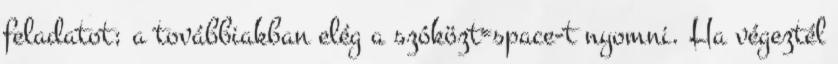
feladatot; a továbbiakban elég a szóközt=space-t nyomni. Ha végeztél